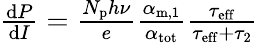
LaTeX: \begin{array}{r}{\frac{\mathrm{d}P}{\mathrm{d}I}=\frac{N_{\mathrm{p}}h\nu}{e}\frac{\alpha_{\mathrm{m,1}}}{\alpha_{\mathrm{tot}}}\frac{\tau_{\mathrm{eff}}}{\tau_{\mathrm{eff}}+\tau_{\mathrm{2}}}}\end{array}